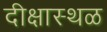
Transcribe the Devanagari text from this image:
दीक्षास्थळ